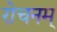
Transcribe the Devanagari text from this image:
रोचनम्